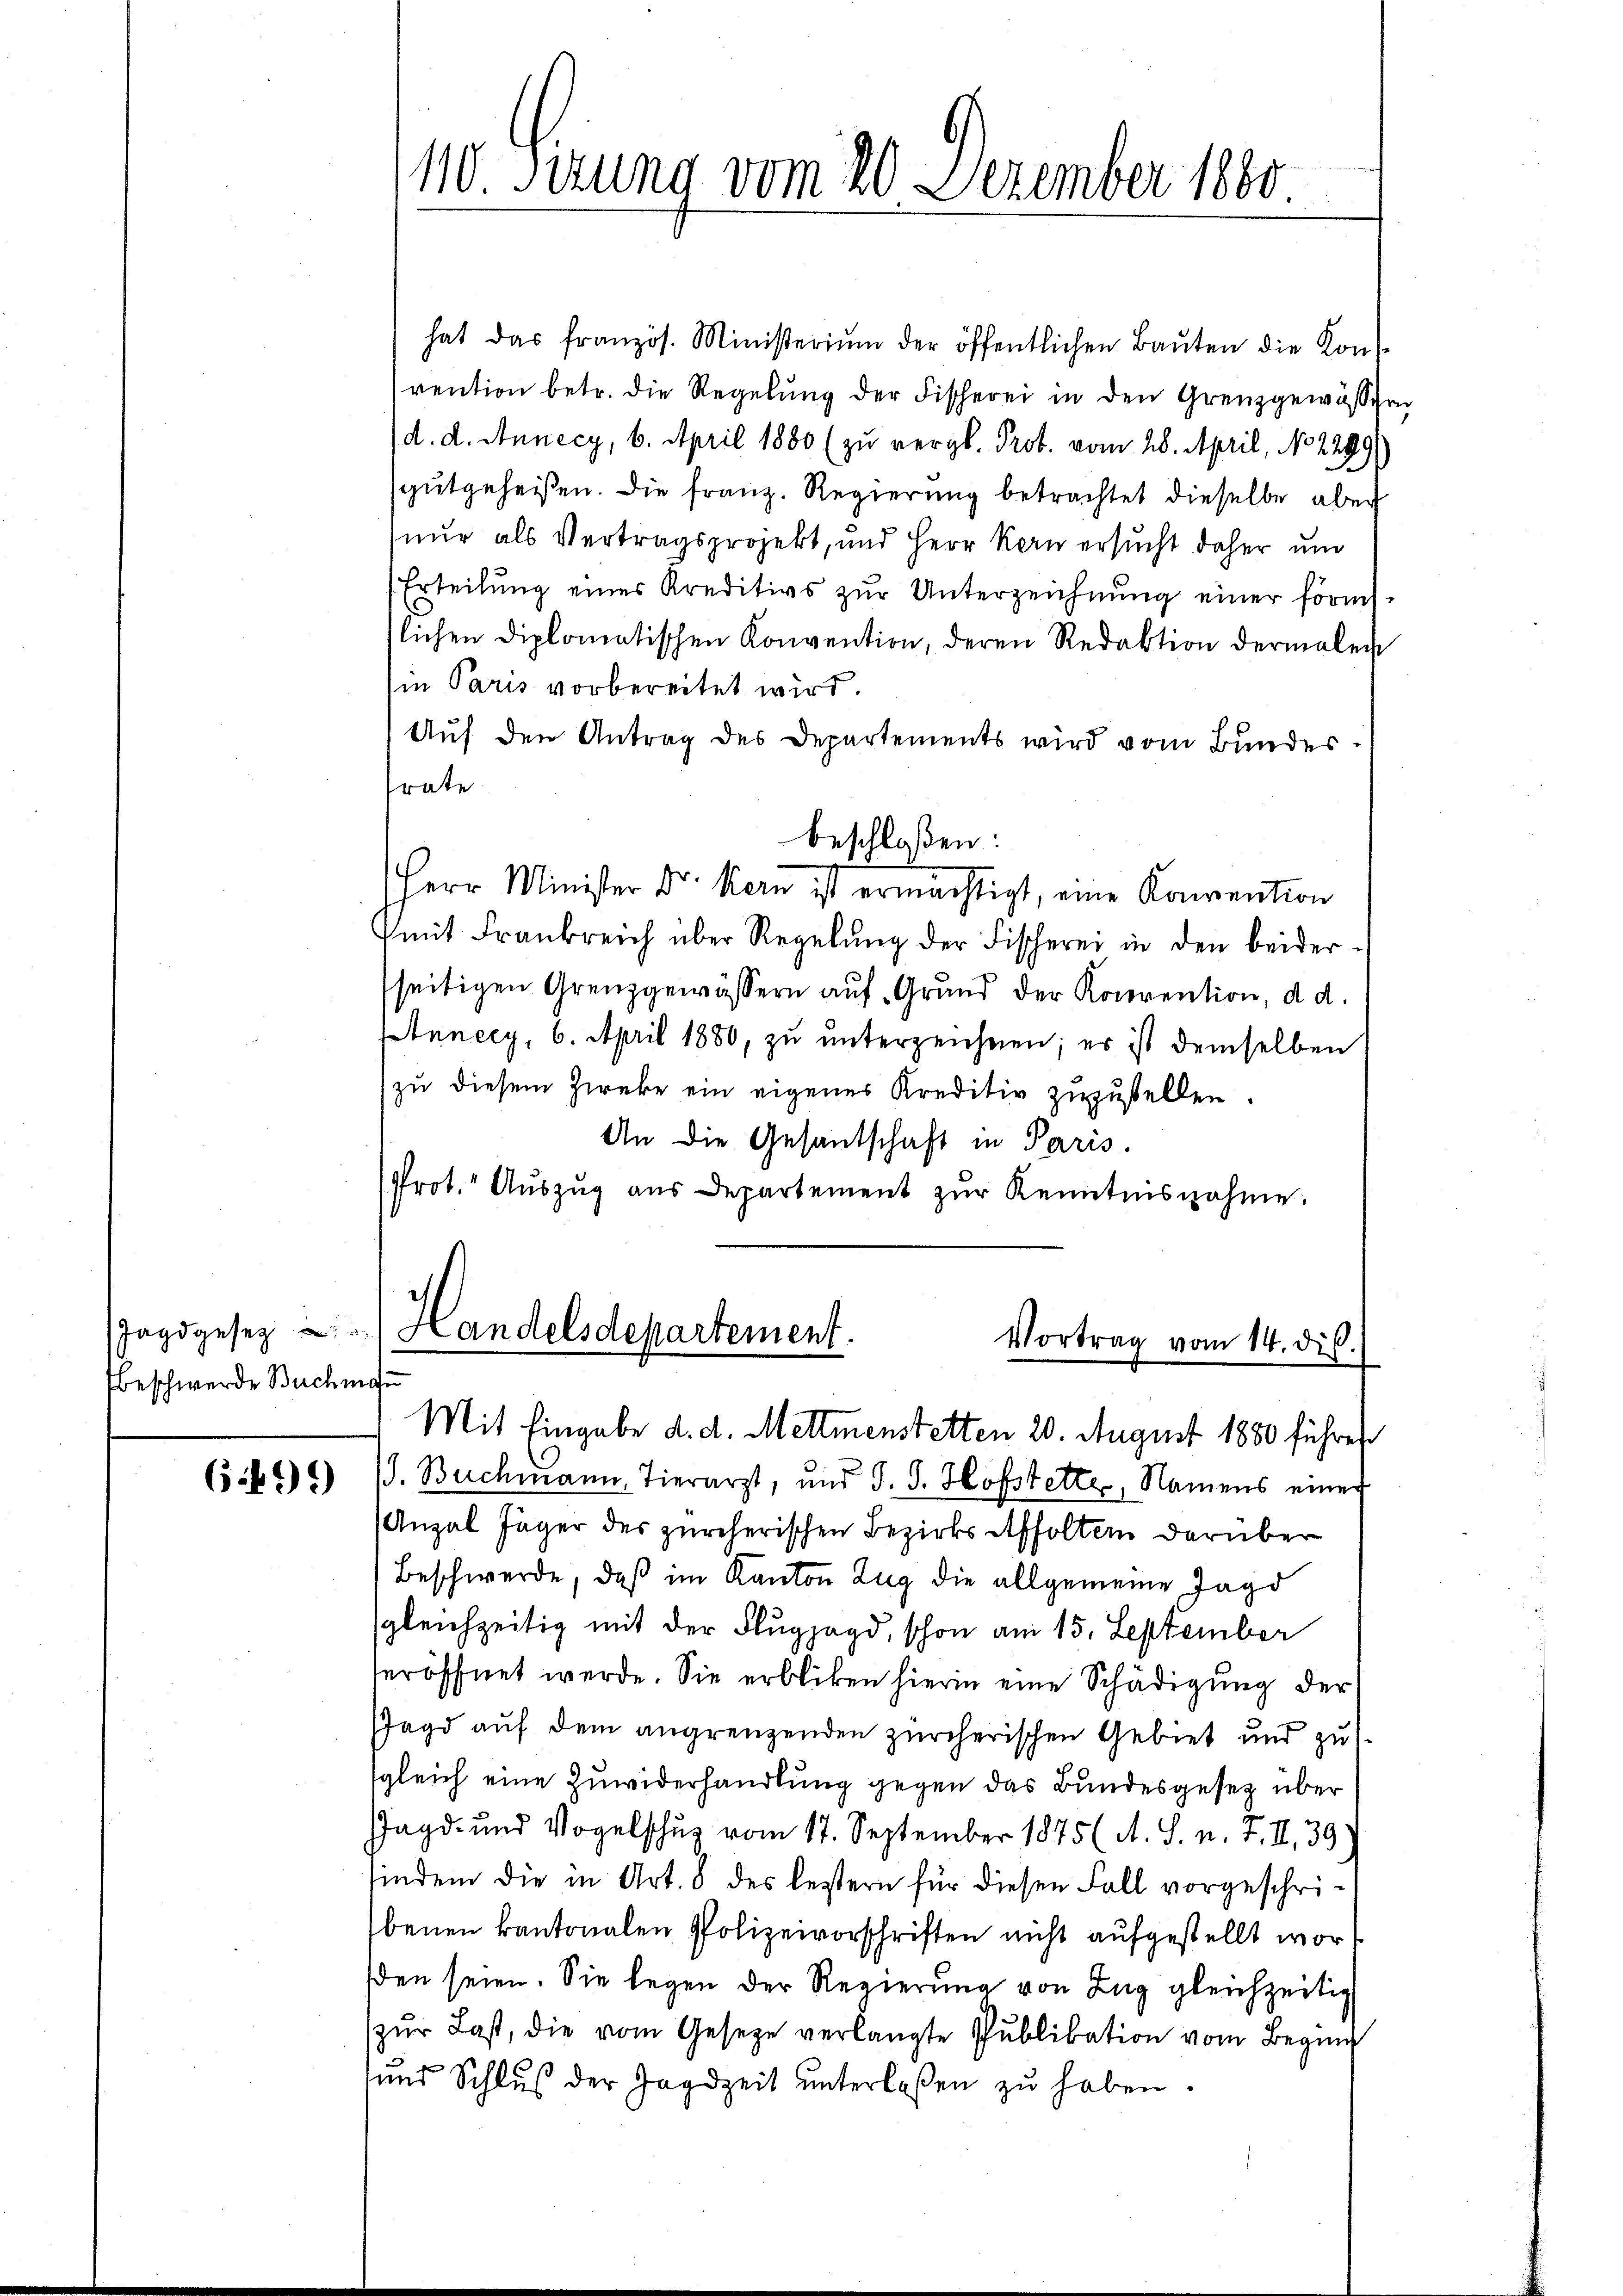
Beschwerde Buchma

6.499)

hat das französ. Ministerium der öffentlichen Bauten die Konvention betr. die Regelŭng der Fischerei in den Grenzgewässern
d. d. Annecy, 6. April 1880 (zu vergl. Prot. vom 28. April, No 2299)
gutgeheißen. Die franz. Regierung betrachtet dieselbe aber
nur als Vertragsprojekt, und Herr Kern ersucht daher un
Erteilung eines Kreditivs zŭr Unterzeichnung einer förmslichen diplomatischen Konvention, deren Redaktion dermalen
Ein Paris vorbereitet wird.
Auf den Antrag des Departements wird vom Bundestrate
beschloßen:

Herr Minister Dr. Kern ist ermächtigt, eine Konvention
mit Frankreich über Regelŭng der Fischerer in den beiderseitigen Grenzgewässern auf Grund der Konvention, d. d.
Annecy, 6. April 1880, zu unterzeichnen; es ist demselben
zu diesem Zwecke ein eigenes Kreditiv zuzustellen.
An die Gesantschaft in Paris.
Prot." Aŭszŭg aŭs Departement zŭr Kenntnisnahme.

110. Serung vom 20. Dezember 1880

Jagdgesez ) Handelsdepartement.
Vortrag vom 14. dis.
Mit Eingabe d. d. Mettmenstetten 20. August 1880 führen

(S. Buchmann, Tierarzt, und J. J. Hofstetter, Namens einer
Anzal Jäger des zürcherischen Bezirks Affolter darüber
Beschwerde, daß im Kanton Zug die allgemeine Jagd
gleichzeitig mit der Flugzagd, schon am 15. September
seröffnet werde. Sie erblicken hierin eine Schädigung der
Jagd auf dem angrenzenden zürcherischen Gebiet und zu
sgleich eine Zuwiderhandlung gegen das Bundesgesetz über
Jagd- und Vogelschuz vom 17. September 1875 (A. S. n. F. II 39)
findem die in Art. 8 des lestern für diesen Fall vorgeschribenen kantonalen Polizeivorschriften nicht aufgestellt worden seien. Sie legen der Regierung von Zug gleichzeitig
zŭr Last, die vom Gesetze verlangte Publikation vom Beginn
und Schlŭβ der Jagdzeit ŭnterlaßen zŭ haben.